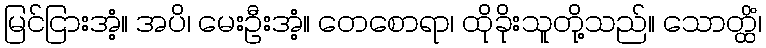
မြင်ငြားအံ့။ အပိ၊ မေးဦးအံ့။ တေစောရာ၊ ထိုခိုးသူတို့သည်။ သောတ္ထိံ၊